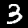
Digit: 3